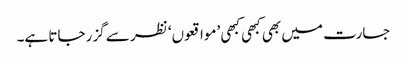
جسارت میں بھی کبھی کبھی ’مواقعوں‘ نظر سے گزر جاتا ہے۔